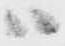
ハ